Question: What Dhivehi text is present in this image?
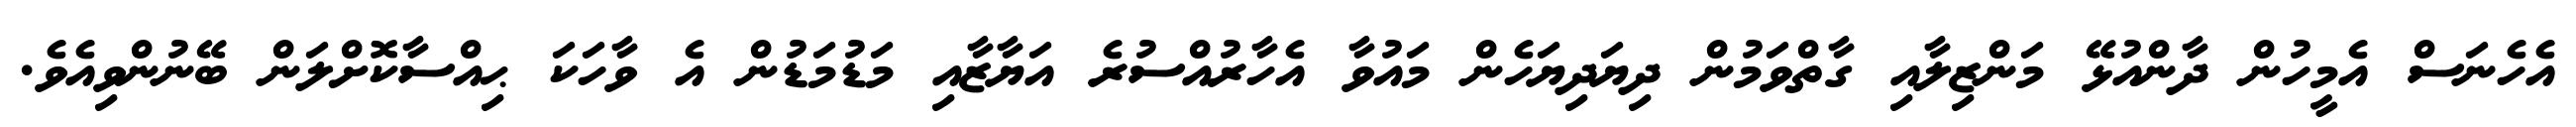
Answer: އެހެނަސް އެމީހުން ދާންއުޅޭ މަންޒިލާއި ގާތްވަމުން ދިޔަދިޔަހެން މައުވާ އެހާރުއްސުރެ އަޔާޒާއި މަޑުމަޑުން އެ ވާހަކަ ޙިއްސާކޮށްލަން ބޭނުންވިއެވެ.